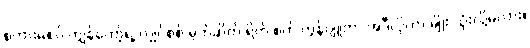
စကားမစပ် ကျွန်တော့်ရဲ့ လျှပ်စစ် မုတ်ဆိတ် ရိတ် စက် ကွန်ပျူတာ အဲဒီလိုဟာ မျိုး သုံးလို့မလား။